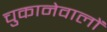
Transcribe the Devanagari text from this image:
चुकानेवालों